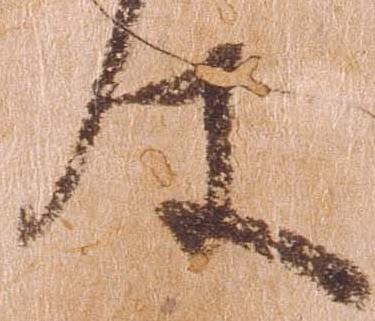
件